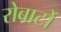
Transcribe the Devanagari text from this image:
रोबार्टो